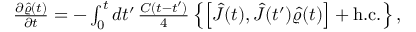
\begin{array} { r } { \frac { \partial \hat { \varrho } ( t ) } { \partial t } = - \int _ { 0 } ^ { t } d t ^ { \prime } \, \frac { C ( t - t ^ { \prime } ) } { 4 } \left\{ \left[ \hat { J } ( t ) , \hat { J } ( t ^ { \prime } ) \hat { \varrho } ( t ) \right] + \mathrm { h . c . } \right\} , } \end{array}